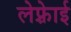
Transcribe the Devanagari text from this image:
लेफ़्रेाई